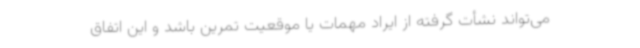
می‌تواند نشأت گرفته از ایراد مهمات یا موقعیت تمرین باشد و این اتفاق